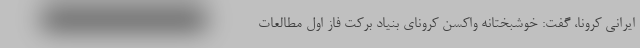
ایرانی کرونا، گفت: خوشبختانه واکسن کرونای بنیاد برکت فاز اول مطالعات